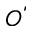
\acute { O }